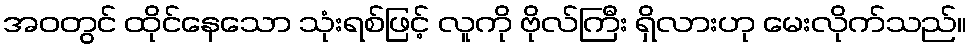
အဝတွင် ထိုင်နေသော သုံးရစ်ဖြင့် လူကို ဗိုလ်ကြီး ရှိလားဟု မေးလိုက်သည်။